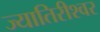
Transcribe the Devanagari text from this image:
ज्यातिरीश्वर